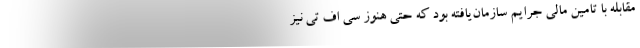
مقابله با تامین مالی جرایم سازمان‌یافته بود که حتی هنوز سی اف تی نیز